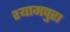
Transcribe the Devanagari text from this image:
श्यामपुरा